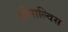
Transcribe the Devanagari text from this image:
गोंसाल्विस